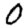
Digit: 0